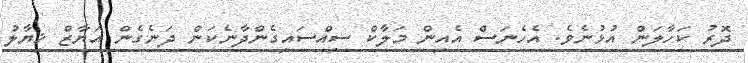
ދޮރު ކަހާލަން އުޅުނެވެ. އެހެނަސް އެއިން މަލާކް ސިއްސައިގެންދާނެކަން ދަނެގެން އަޔާޒް ޚިޔާލު